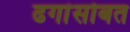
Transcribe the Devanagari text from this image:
ढगांसोबत